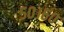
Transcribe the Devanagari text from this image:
५०।६०